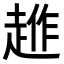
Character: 𧼄